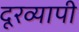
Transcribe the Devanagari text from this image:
दूरव्यापी